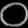
Digit: ၀